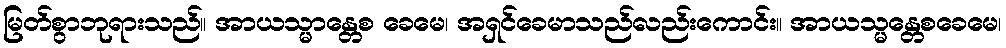
မြတ်စွာဘုရားသည်။ အာယသ္မာန္တေစ ခေမေ၊ အရှင်ခေမာသည်လည်းကောင်း။ အာယသ္မန္တေစခေမေ၊